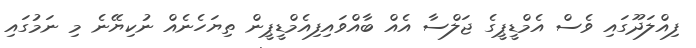
ފިއްލަދޫގައި ވެސް އެމްޑީޕީގެ ޖަލްސާ އެއް ބާއްވައިފިއެމްޑީޕީން ތިޔަހެނެއް ނުކިޔޭނެ މި ނަމުގައި